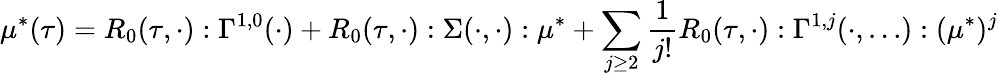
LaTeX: {}\mu^{*}(\tau)=R_{0}(\tau,\cdot):\Gamma^{1,0}(\cdot)+R_{0}(\tau,\cdot):\Sigma(\cdot,\cdot):\mu^{*}+\sum_{j\geq 2}\frac{1}{j!}R_{0}(\tau,\cdot):\Gamma^{1,j}(\cdot,\ldots):(\mu^{*})^{j}